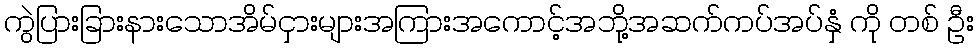
ကွဲပြားခြားနားသောအိမ်ငှားများအကြားအကောင့်အဘို့အဆက်ကပ်အပ်နှံ ကို တစ် ဦး